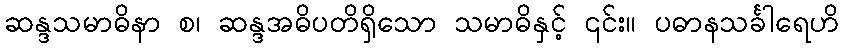
ဆန္ဒသမာဓိနာ စ၊ ဆန္ဒအဓိပတိရှိသော သမာဓိနှင့် ၎င်း။ ပဓာနသင်္ခါရေဟိ